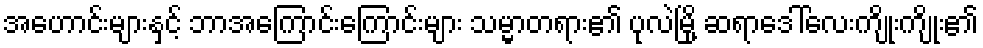
အဟောင်းများနှင့် ဘာအကြောင်းကြောင်းများ သမ္မာတရား၏ ပုလဲမြို့ ဆရာဒေါ်လေးကျိုးကျိုး၏